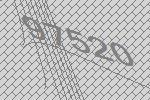
97520